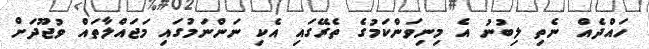
ހައްދެއް ނެތި ލިބުނު އެ މިނިވަންކަމުގެ ތެރޭގައި އެކި ނަންނަމުގައި މަޖައްލާތައް ވުޖޫދަށް